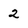
Character: 2